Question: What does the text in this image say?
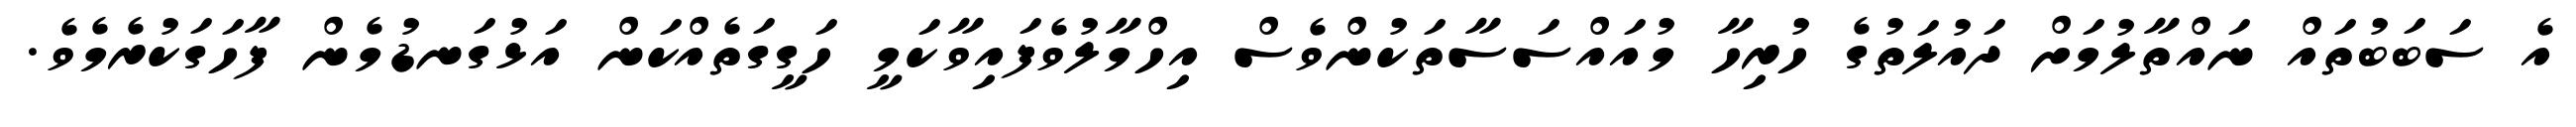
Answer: އެ ސަބަބުތައް ނައްތާލުމަށް ދައުލަތުގެ ހުރިހާ މުއައްސަސާތަކުންވެސް އިހްމާލުވެފައިވާކަމީ ހަގީގަތެއްކަން އަޅުގަނޑުމެން ފާހަގަކުރެމެވެ.